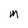
Character: m